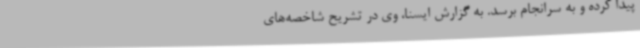
پیدا کرده و به سرانجام برسد. به گزارش ایسنا، وی در تشریح شاخصه‌های